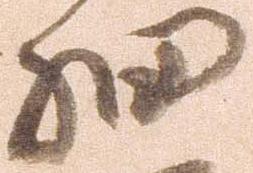
細